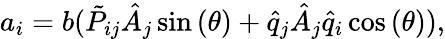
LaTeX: a_{i}=b(\tilde{P}_{ij}\hat{A}_{j}\sin{(\theta)}+\hat{q}_{j}\hat{A}_{j}\hat{q}_{i}\cos{(\theta)}),